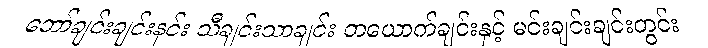
ဘော်ချင်းချင်းနင်း သီချင်းသာချင်း တယောက်ချင်းနှင့် မင်းချင်းချင်းတွင်း